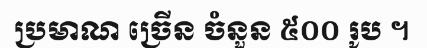
ប្រមាណ ច្រើន ចំនួន ៥០០ រូប ។